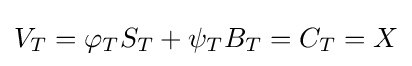
V_{T}=\varphi _{T}S_{T}+\psi _{T}B_{T}=C_{T}=X